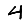
Digit: 4